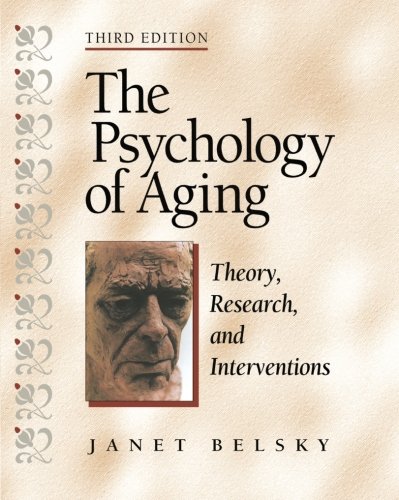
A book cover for The Psychology of Aging: Theory, Research, and Interventions; Janet K. Belsky; Politics & Social Sciences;